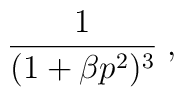
\frac{1}{(1+\beta p^2)^3}\;,